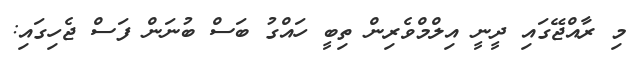
މި ރާއްޖޭގައި ދީނީ އިލްމްވެރިން ތިބީ ހައްގު ބަސް ބުނަން ފަސް ޖެހިގައި: